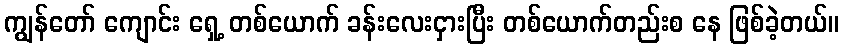
ကျွန်တော် ကျောင်း ရှေ့ တစ်ယောက် ခန်းလေးငှားပြီး တစ်ယောက်တည်းစ နေ ဖြစ်ခဲ့တယ်။